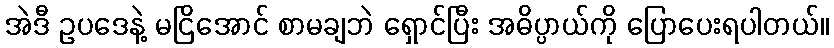
အဲဒီ ဥပဒေနဲ့ မငြိအောင် စာမချဘဲ ရှောင်ပြီး အဓိပ္ပာယ်ကို ပြောပေးရပါတယ်။